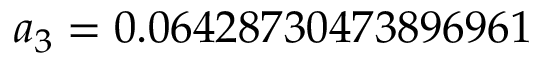
a _ { 3 } = 0 . 0 6 4 2 8 7 3 0 4 7 3 8 9 6 9 6 1